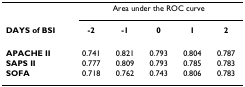
|  | <COLSPAN=5> Area under the ROC curve |
 | DAYS of BSI | -2 | -1 | 0 | 1 | 2 |
 | --- | --- | --- | --- | --- | --- |
 | APACHE II | 0.741 | 0.821 | 0.793 | 0.804 | 0.787 |
 | SAPS II | 0.777 | 0.809 | 0.793 | 0.785 | 0.783 |
 | SOFA | 0.718 | 0.762 | 0.743 | 0.806 | 0.783 |